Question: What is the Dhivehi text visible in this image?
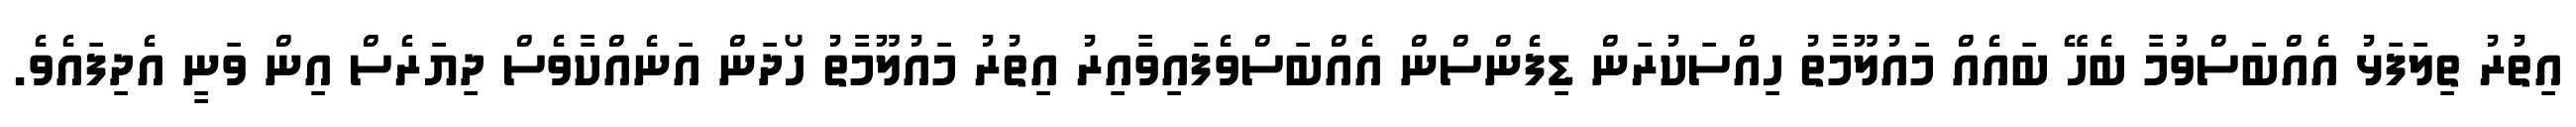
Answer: އިތުރު ތިލަފަޅު އެއްބަސްވުމާ ބެހޭ ބައެއް މައުލޫމާތު ހިއްސަކުރަން ޑިފެންސްން އެއްބަސްވެފައިވާއިރު އިތުރު މައުލޫމާތު ހޯދަން އަނެއްކާވެސް ދިޔަރެސް އިން ވަނީ އެދިފައެވެ.